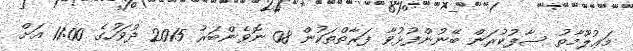
މަޢުލޫމާތު ސާފުކުރަން ބޭނުންފުޅުވާ ފަރާތްތަކުން 08 ނޮވެންބަރު 2015 ދުވަހުގެ 11:00 އަށް